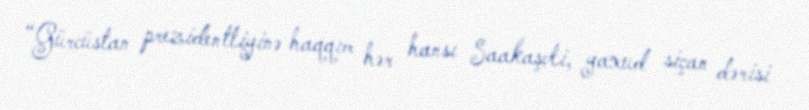
“Gürcüstan prezidentliyinə haqqım hər hansı Saakaşvli, yaxud siçan dərisi